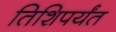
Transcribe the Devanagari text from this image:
तिशिपर्यंत